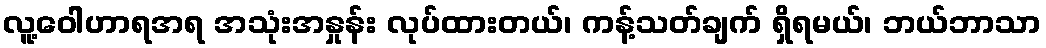
လူ့ဝေါဟာရအရ အသုံးအနှုန်း လုပ်ထားတယ်၊ ကန့်သတ်ချက် ရှိရမယ်၊ ဘယ်ဘာသာ